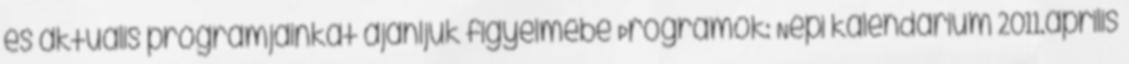
és aktuális programjainkat ajánljuk figyelmébe Programok: Népi kalendárium 2011.április